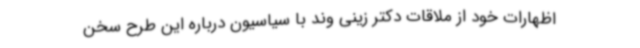
اظهارات خود از ملاقات دکتر زینی وند با سیاسیون درباره این طرح سخن